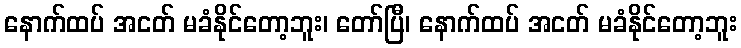
နောက်ထပ် အငတ် မခံနိုင်တော့ဘူး၊ တော်ပြီ၊ နောက်ထပ် အငတ် မခံနိုင်တော့ဘူး